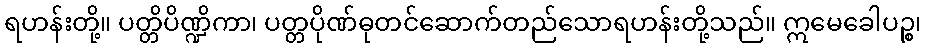
ရဟန်းတို့။ ပတ္တိပိဏ္ဍိကာ၊ ပတ္တပိုဏ်ဓုတင်ဆောက်တည်သောရဟန်းတို့သည်။ ဣမေခေါပဉ္စ၊